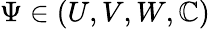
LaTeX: \Psi\in(U,V,W,\mathbb{C})